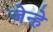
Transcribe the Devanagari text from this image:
जेन्हे